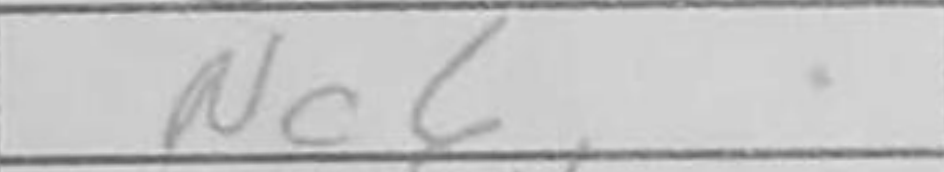
Transcription: Nc6